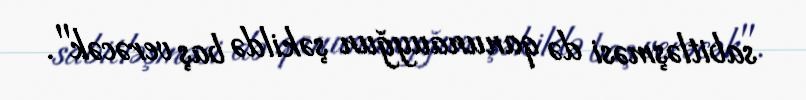
sabitləşməsi də qanunauyğun şəkildə baş verəcək".